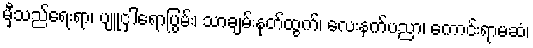
မှီသည်ရေးရာ၊ ပျူငှါရောပြွမ်း၊ သာချမ်းနုတ်ထွက်၊ လေးနက်ပညာ၊ ကောင်းရာမဆံ၊